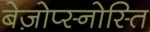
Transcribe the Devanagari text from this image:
बेज़ोप्स्नोस्ति